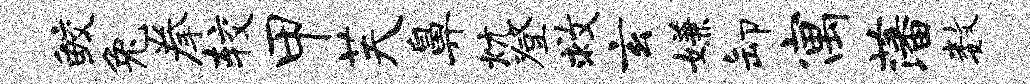
鲛兔拳较甲芙鼻炕登救玄嫌卸寓藩数